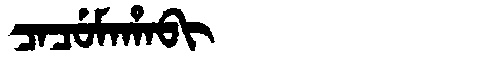
Manchu: ᠴᠠᠴᡠᠮᠠᡥᠠᠪᡳ
Romanization: CACUMAHABI